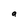
Character: a